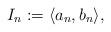
LaTeX: \begin{align*}I_n:=\langle a_n, b_n\rangle,\end{align*}